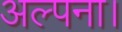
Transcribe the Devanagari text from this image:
अल्पना।